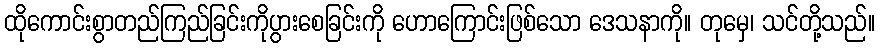
ထိုကောင်းစွာတည်ကြည်ခြင်းကိုပွားစေခြင်းကို ဟောကြောင်းဖြစ်သော ဒေသနာကို။ တုမှေ၊ သင်တို့သည်။